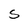
Character: S